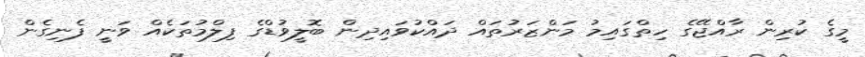
މީގެ ކުރިން ރާއްޖޭގެ ހިތްގައިމު މަންޒަރުތައް ދައްކުވައިދިން ބޮލީވުޑްގެ ފިލްމުތަކެެއް ވަނީ ފެނިގެން